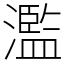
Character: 濫